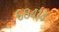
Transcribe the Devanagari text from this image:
६८४१४